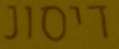
דיסונ